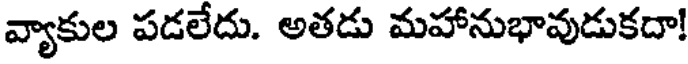
వ్యాకుల పడలేదు. అతడు మహానుభావుడుకదా!